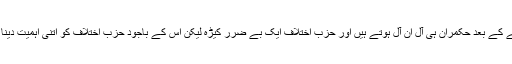
سب کو معلوم ہے کہ حکومت بننے کے بعد حکمران ہی آل ان آل ہوتے ہیں اور حزب اختلاف ایک بے ضرر کیڑہ لیکن اس کے باجود حزب اختلاف کو اتنی اہمیت دینا دال میں کچھ کالا دکھائی دیتا ہے۔